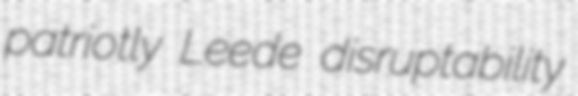
patriotly Leede disruptability